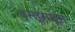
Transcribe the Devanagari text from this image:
वस्तूमधून